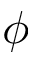
\phi